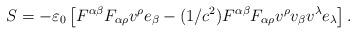
LaTeX: \begin{align*}S=-\varepsilon _{0}\left[ F^{\alpha \beta }F_{\alpha \rho }v^{\rho }e_{\beta}-(1/c^{2})F^{\alpha \beta }F_{\alpha \rho }v^{\rho }v_{\beta }v^{\lambda}e_{\lambda }\right] . \end{align*}